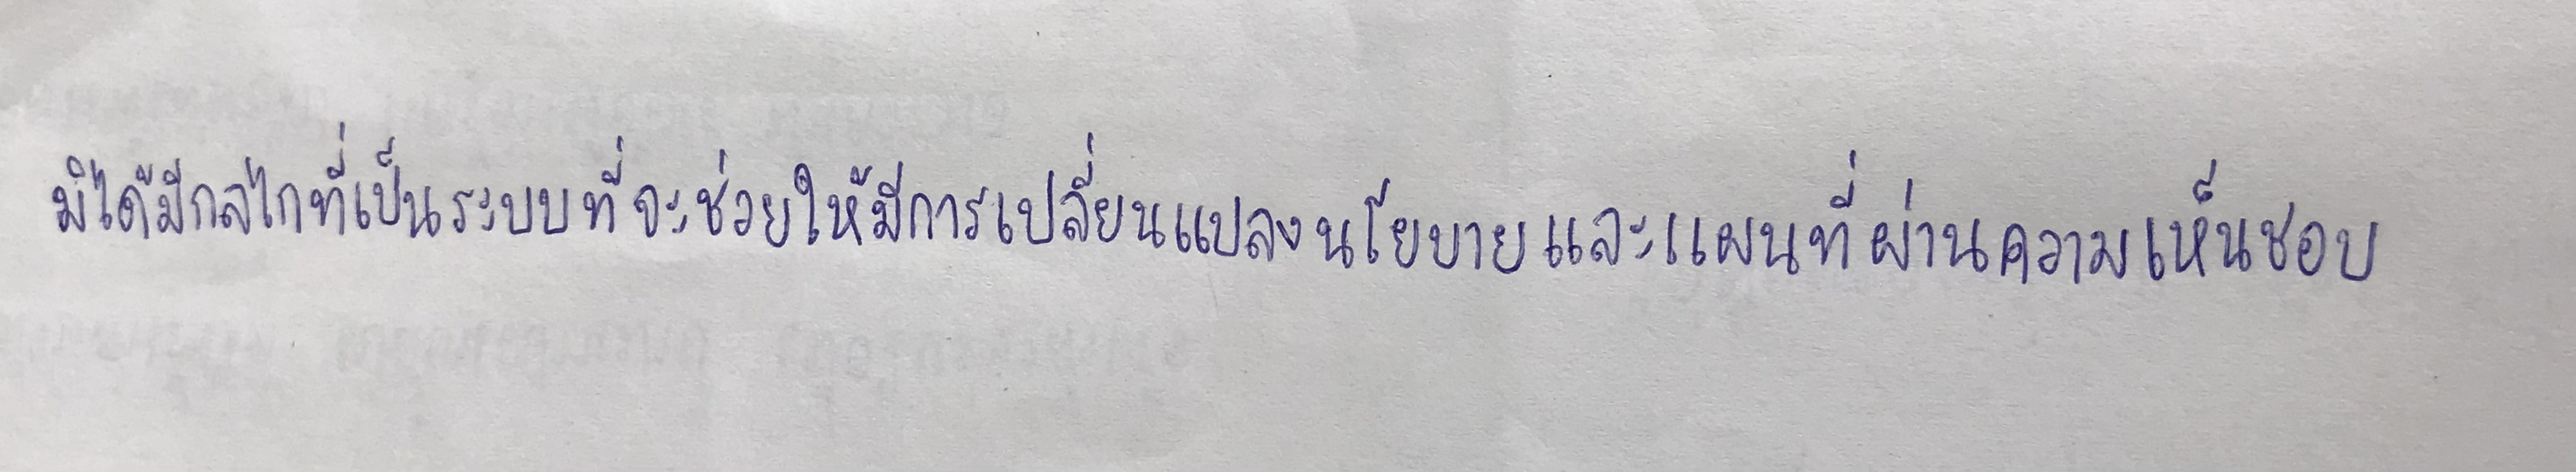
มิได้มีกลไกที่เป็นระบบที่จะช่วยให้มีการเปลี่ยนแปลงนโยบายและแผนที่ผ่านความเห็นชอบ